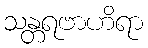
သန္တရဗာဟိရာ